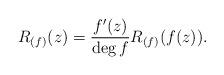
LaTeX: \begin{align*}R_{(f)}(z)= \frac{f^{\prime}(z)}{\deg f} R_{(f)}(f(z)).\end{align*}